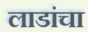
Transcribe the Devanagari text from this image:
लाडांचा